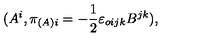
( A ^ { i } , \pi _ { ( A ) i } = - \frac { 1 } { 2 } { \varepsilon } _ { o i j k } B ^ { j k } ) ,